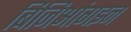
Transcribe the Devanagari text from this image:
बिजिआंगइन